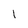
Character: 1